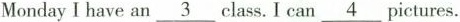
Monday I have an \underline{3}class. I can \underline {4}pictures.